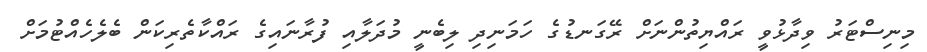
މިނިސްޓަރު ވިދާޅުވީ ރައްޔިތުންނަށް ރޭގަނޑުގެ ހަމަނިދި ލިބެނީ މުދަލާއި ފުރާނައިގެ ރައްކާތެރިކަން ބެލެހެއްޓުމަށް